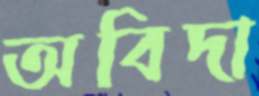
অবিদা